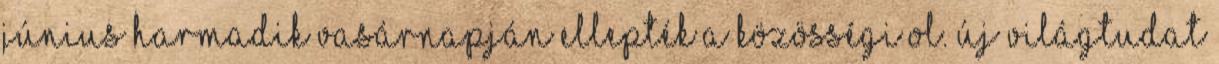
június harmadik vasárnapján ellepték a közösségi ol. Új Világtudat